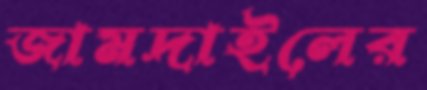
জামদাইলের